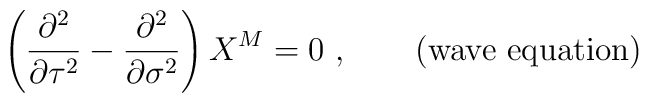
\left(\frac{\partial^2}{\partial \tau^2} -  \frac{\partial^2}{\partial \sigma^2}\right)X^M =0~, \qquad ({\rm wave~equation})